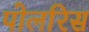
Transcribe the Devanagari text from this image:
पोलरिस